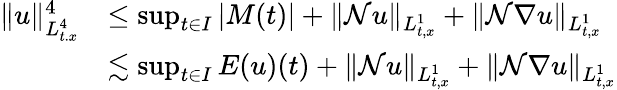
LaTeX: \begin{array}{rl}{\| u\| _{L_{t.x}^{4}}^{4}}&{\leq\operatorname*{sup}_{t\in I}|M(t)|+\| \mathcal{N}u\| _{L_{t,x}^{1}}+\| \mathcal{N}\nabla u\| _{L_{t,x}^{1}}}\\ &{\lesssim\operatorname*{sup}_{t\in I}E(u)(t)+\| \mathcal{N}u\| _{L_{t,x}^{1}}+\| \mathcal{N}\nabla u\| _{L_{t,x}^{1}}}\end{array}